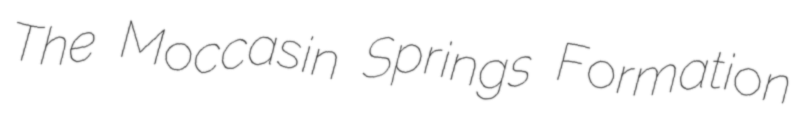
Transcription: The Moccasin Springs Formation